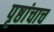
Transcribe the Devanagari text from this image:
पृष्ठांचाच